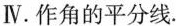
Ⅳ.作角的平分线.